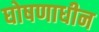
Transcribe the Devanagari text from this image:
घोषणाधीन